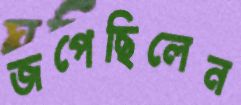
জপেছিলেন